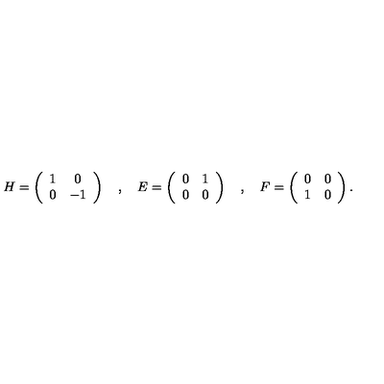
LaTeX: H = \left( \begin{array} { c c } { 1 } & { 0 } \\ { 0 } & { - 1 } \\ \end{array} \right) \quad , \quad E = \left( \begin{array} { c c } { 0 } & { 1 } \\ { 0 } & { 0 } \\ \end{array} \right) \quad , \quad F = \left( \begin{array} { c c } { 0 } & { 0 } \\ { 1 } & { 0 } \\ \end{array} \right) .